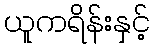
ယူကရိန်းနှင့်